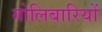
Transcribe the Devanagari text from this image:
गोलिबारियों